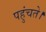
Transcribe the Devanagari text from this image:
पहुंचते।